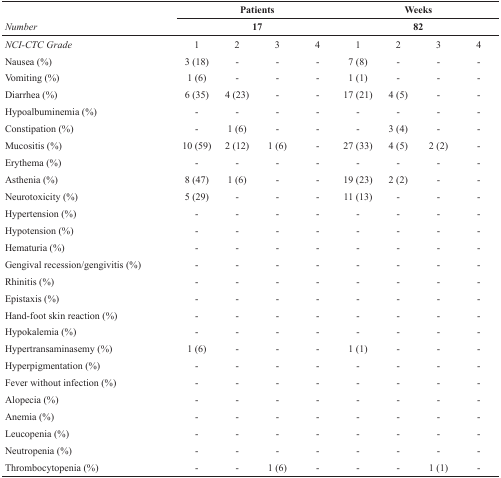
<table><thead><tr><td></td><td colspan="4"><b>Patients</b></td><td colspan="4"><b>Weeks</b></td></tr><tr><td><b><i>Number</i></b></td><td colspan="4"><b>17</b></td><td colspan="4"><b>82</b></td></tr></thead><tbody><tr><td><i>NCI-CTC Grade</i></td><td>1</td><td>2</td><td>3</td><td>4</td><td>1</td><td>2</td><td>3</td><td>4</td></tr><tr><td>Nausea (%)</td><td>3 (18)</td><td>-</td><td>-</td><td>-</td><td>7 (8)</td><td>-</td><td>-</td><td>-</td></tr><tr><td>Vomiting (%)</td><td>1 (6)</td><td>-</td><td>-</td><td>-</td><td>1 (1)</td><td>-</td><td>-</td><td>-</td></tr><tr><td>Diarrhea (%)</td><td>6 (35)</td><td>4 (23)</td><td>-</td><td>-</td><td>17 (21)</td><td>4 (5)</td><td>-</td><td>-</td></tr><tr><td>Hypoalbuminemia (%)</td><td>-</td><td>-</td><td>-</td><td>-</td><td>-</td><td>-</td><td>-</td><td>-</td></tr><tr><td>Constipation (%)</td><td>-</td><td>1 (6)</td><td>-</td><td>-</td><td>-</td><td>3 (4)</td><td>-</td><td>-</td></tr><tr><td>Mucositis (%)</td><td>10 (59)</td><td>2 (12)</td><td>1 (6)</td><td>-</td><td>27 (33)</td><td>4 (5)</td><td>2 (2)</td><td>-</td></tr><tr><td>Erythema (%)</td><td>-</td><td>-</td><td>-</td><td>-</td><td>-</td><td>-</td><td>-</td><td>-</td></tr><tr><td>Asthenia (%)</td><td>8 (47)</td><td>1 (6)</td><td>-</td><td>-</td><td>19 (23)</td><td>2 (2)</td><td>-</td><td>-</td></tr><tr><td>Neurotoxicity (%)</td><td>5 (29)</td><td>-</td><td>-</td><td>-</td><td>11 (13)</td><td>-</td><td>-</td><td>-</td></tr><tr><td>Hypertension (%)</td><td>-</td><td>-</td><td>-</td><td>-</td><td>-</td><td>-</td><td>-</td><td>-</td></tr><tr><td>Hypotension (%)</td><td>-</td><td>-</td><td>-</td><td>-</td><td>-</td><td>-</td><td>-</td><td>-</td></tr><tr><td>Hematuria (%)</td><td>-</td><td>-</td><td>-</td><td>-</td><td>-</td><td>-</td><td>-</td><td>-</td></tr><tr><td>Gengival recession/gengivitis (%)</td><td>-</td><td>-</td><td>-</td><td>-</td><td>-</td><td>-</td><td>-</td><td>-</td></tr><tr><td>Rhinitis (%)</td><td>-</td><td>-</td><td>-</td><td>-</td><td>-</td><td>-</td><td>-</td><td>-</td></tr><tr><td>Epistaxis (%)</td><td>-</td><td>-</td><td>-</td><td>-</td><td>-</td><td>-</td><td>-</td><td>-</td></tr><tr><td>Hand-foot skin reaction (%)</td><td>-</td><td>-</td><td>-</td><td>-</td><td>-</td><td>-</td><td>-</td><td>-</td></tr><tr><td>Hypokalemia (%)</td><td>-</td><td>-</td><td>-</td><td>-</td><td>-</td><td>-</td><td>-</td><td>-</td></tr><tr><td>Hypertransaminasemy (%)</td><td>1 (6)</td><td>-</td><td>-</td><td>-</td><td>1 (1)</td><td>-</td><td>-</td><td>-</td></tr><tr><td>Hyperpigmentation (%)</td><td>-</td><td>-</td><td>-</td><td>-</td><td>-</td><td>-</td><td>-</td><td>-</td></tr><tr><td>Fever without infection (%)</td><td>-</td><td>-</td><td>-</td><td>-</td><td>-</td><td>-</td><td>-</td><td>-</td></tr><tr><td>Alopecia (%)</td><td>-</td><td>-</td><td>-</td><td>-</td><td>-</td><td>-</td><td>-</td><td>-</td></tr><tr><td>Anemia (%)</td><td>-</td><td>-</td><td>-</td><td>-</td><td>-</td><td>-</td><td>-</td><td>-</td></tr><tr><td>Leucopenia (%)</td><td>-</td><td>-</td><td>-</td><td>-</td><td>-</td><td>-</td><td>-</td><td>-</td></tr><tr><td>Neutropenia (%)</td><td>-</td><td>-</td><td>-</td><td>-</td><td>-</td><td>-</td><td>-</td><td>-</td></tr><tr><td>Thrombocytopenia (%)</td><td>-</td><td>-</td><td>1 (6)</td><td>-</td><td>-</td><td>-</td><td>1 (1)</td><td>-</td></tr></tbody></table>